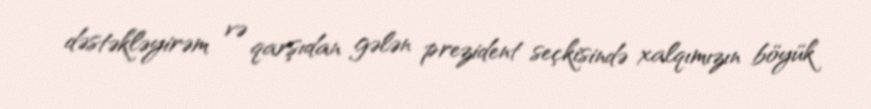
dəstəkləyirəm və qarşıdan gələn prezident seçkisində xalqımızın böyük